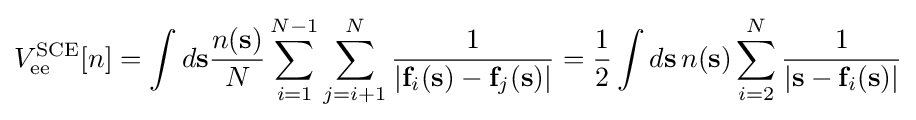
V_{\rm {ee}}^{\rm {SCE}}[n]=\int d\mathbf {s} {\frac {n(\mathbf {s} )}{N}}\sum _{i=1}^{N-1}\sum _{j=i+1}^{N}{\frac {1}{|\mathbf {f} _{i}(\mathbf {s} )-\mathbf {f} _{j}(\mathbf {s} )|}}={\frac {1}{2}}\int d\mathbf {s} \,n(\mathbf {s} )\sum _{i=2}^{N}{\frac {1}{|\mathbf {s} -\mathbf {f} _{i}(\mathbf {s} )|}}